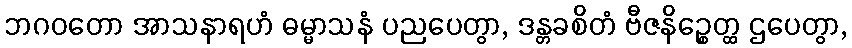
ဘဂဝတော အာသနာရဟံ ဓမ္မာသနံ ပညပေတွာ, ဒန္တခစိတံ ဗီဇနိဉ္စေတ္ထ ဌပေတွာ,